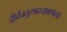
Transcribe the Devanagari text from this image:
दीर्घचतुरश्रस्याक्ष्णया